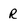
Character: R